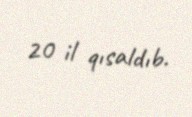
20 il qısaldıb.